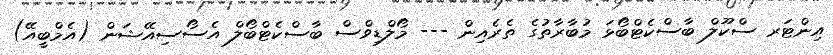
އިންޓަރ ސްކޫލް ބާސްކެޓްބޯޅަ މުބާރާތުގެ ތެރެއިން --- މޯލްޑިވްސް ބާސްކެޓްބޯލް އެސޯސިއޭޝަން (އެމްބީއޭ)